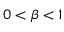
0 < \beta < 1